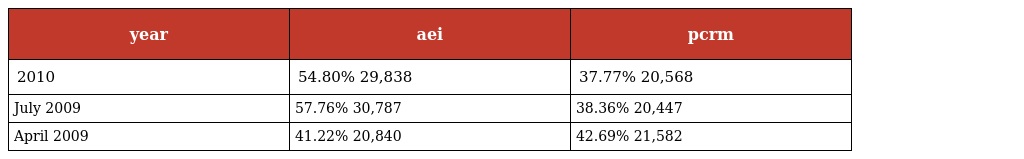
| year | aei | pcrm |
 | --- | --- | --- |
 | 2010 | 54.80% 29,838 | 37.77% 20,568 |
 | July 2009 | 57.76% 30,787 | 38.36% 20,447 |
 | April 2009 | 41.22% 20,840 | 42.69% 21,582 |